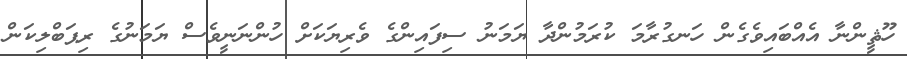
ހޫޘީންނާ އެއްބައިވެގެން ހަނގުރާމަ ކުރަމުންދާ ޔަމަނު ސިފައިންގެ ވެރިޔަކަށް ހުންނަނީވެސް ޔަމަނުގެ ރިޕަބްލިކަން